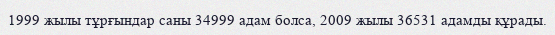
1999 жылы тұрғындар саны 34999 адам болса, 2009 жылы 36531 адамды құрады.